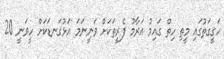
ހަގީގަތުގައި މީތި ހިތް ގައިމު އަރާމު ފެރީތަކަށް ވަނީނަމަ އަޅުގަނޑަކަށް ހީވަނީ 20